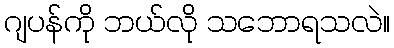
ဂျပန်ကို ဘယ်လို သဘောရသလဲ။